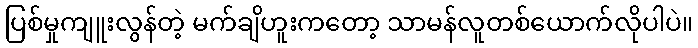
ပြစ်မှုကျူးလွန်တဲ့ မက်ချိဟူးကတော့ သာမန်လူတစ်ယောက်လိုပါပဲ။